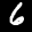
Label: 6